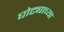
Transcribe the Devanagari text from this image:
घोट्याच्या